Civil Veterinary Dept. Assam report 1927-50 - 1927-1950
Year: 1927
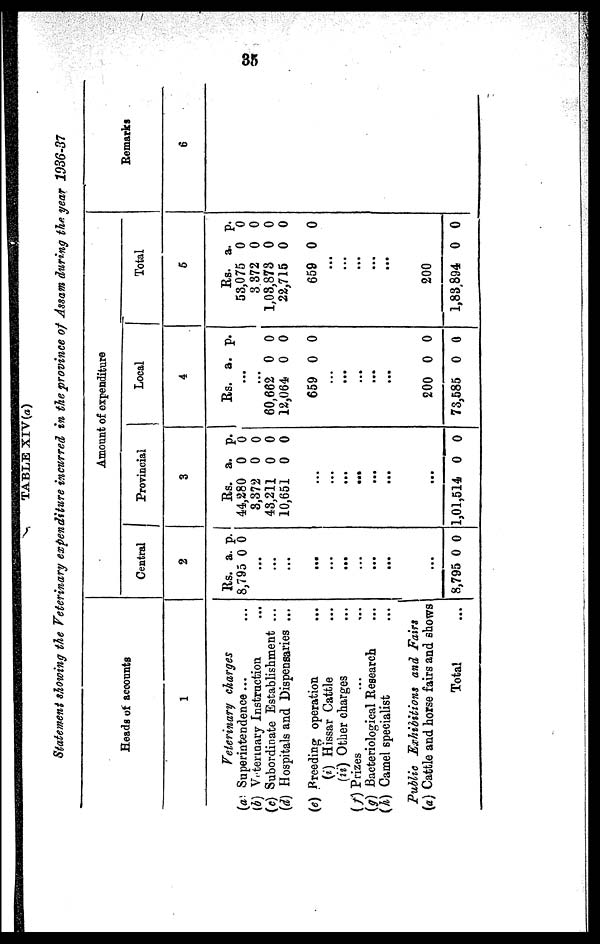
35
TABLE XIV (a)
Statement showing the Veterinary expenditure incurred in the province of Assam during the year 1936-37
Heads of accounts
1
Veterinary charges
(a) Superintendence ... ...
(b) Veterinary Instruction ...
(c) Subordinate Establishment ...
(d) Hospitals and Dispensaries ...
(e) Breeding operation ...
(i) Hissar Cattle ...
(ii) Other charges
(f) Prizes ... ...
(g) Bacteriological Research ...
(h) Camel specialist ...
Public Exhibitions and Fairs
(a) Cattle and horse fairs and shows
Total ...
Amount of expenditure
Central
2
Rs.
8,795
...
...
...
...
...
...
...
...
...
..
8,795
a.
0
.
0
p.
0
0
Provincial
3
Rs.
44,280
8,372
48,211
10,651
...
...
...
...
...
...
...
...
1,01,514
a.
0
0
0
0
0
p.
0
0
0
0
0
Local
4
Rs.
...
...
60,662
12,064
659
...
...
...
...
...
200
73,585
a.
0
0
0
0
0
p.
0
0
0
0
0
Total
5
Rs.
53,075
3 372
1,03,873
22,715
659
...
...
...
...
...
...
200
1,83,894
a.
0
0
0
0
0
0
p.
0
0
0
0
0
0
Remarks
6